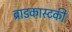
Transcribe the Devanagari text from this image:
ब्राडकास्टकी